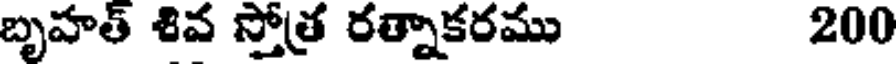
బృహత్ శివ స్తోత్ర రత్నాకరము 200